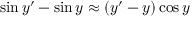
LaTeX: \sin y ^ { \prime } - \sin y \approx ( y ^ { \prime } - y ) \cos y